NAE_ERA_R-2362_Emakeele_Selts, lk 57
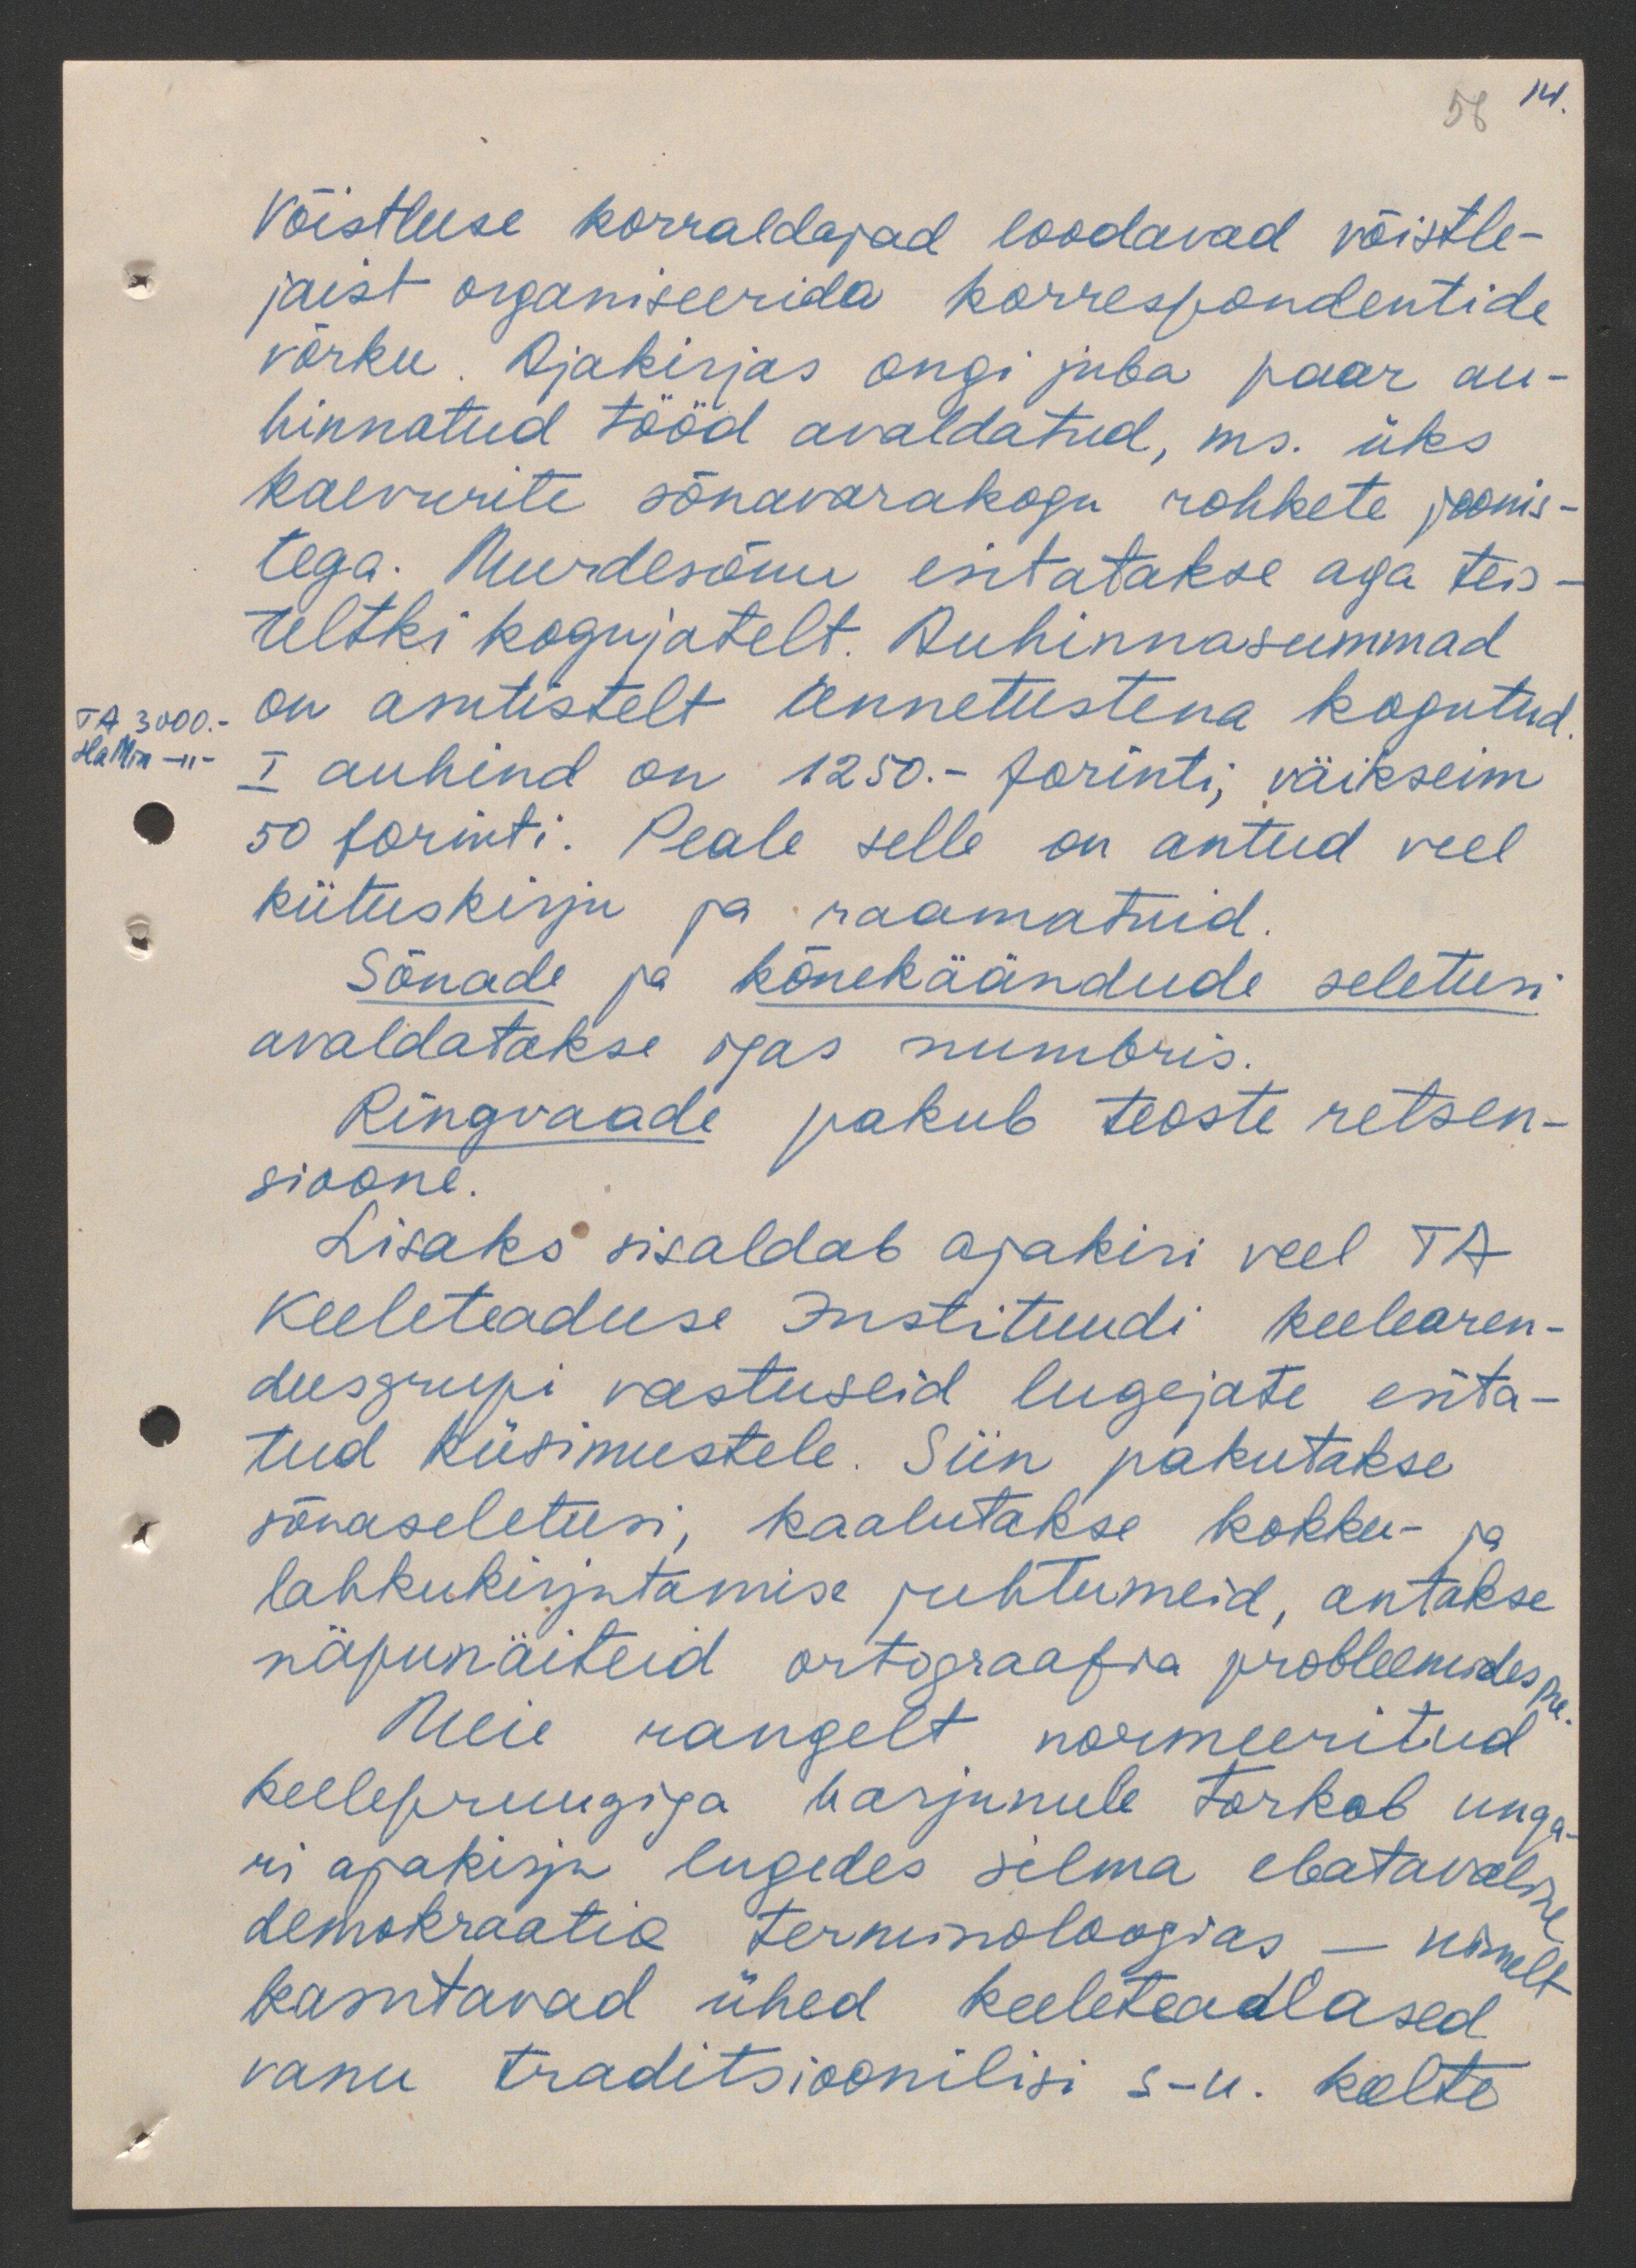
56 14.

Võistluse korraldajad loodavad võistle-
jaist organiseerida korrespondentide
võrku. Ajakirjas ongi juba paar au-
hinnatud tööd avaldatud, mis üks
kaevurite sõnavarakogu rohkete joonis-
tega. Murdesõnu esitatakse aga teis-
teltki kogujatelt. Auhinnasummad
TA 3000.-
HaMin - " -
on asutistelt annetustena kogutud
I auhind on 1250.- forinti, väikseim
50 forinti. Peale selle on antud veel
kiituskirju ja raamatuid
Sõnade ja kõnekäändude seletusi
avaldatakse igas numbris.
Ringvaade pakub teoste retsen-
sioone.
Lisaks sisaldab ajakiri veel TA
keeleteaduse Instituudi keelearen-
dusgrupi vastuseid lugejate esita-
tud küsimustele. Siin pakutakse
jõnaseletusi, kaalutakse kokku- ja
lahkukirjutamise juhtumeid, antakse
näpunäiteid ortograafia problemides jne
Meie rangelt normeeritud
keelepruugiga harjunule torkab unga
ri ajakirja lugedes silma ebatavaline
demokraatia terminoloogias - nimelt
kasutavad ühed keeleteadlased
vanu traditsioonilisi s-u. keelte